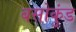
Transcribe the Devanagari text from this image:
बसोकुंड